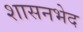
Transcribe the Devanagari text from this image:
शासनभेद